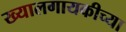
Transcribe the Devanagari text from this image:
ख्यालगायकीच्या